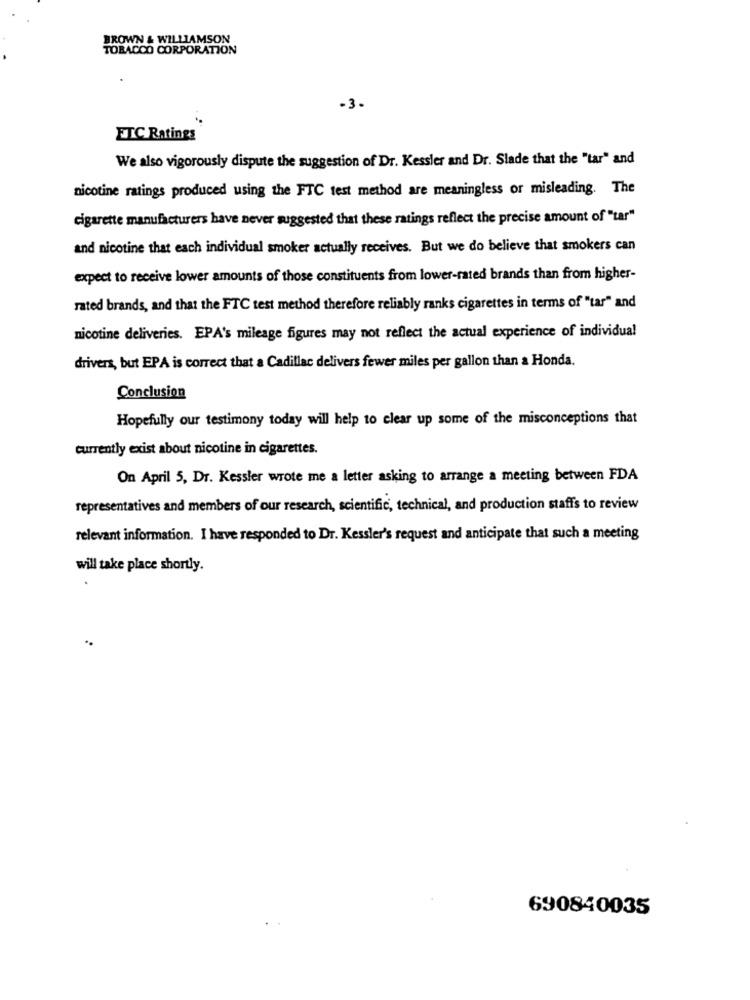
BROWN & WILLIAMSON
TOBACCO CORPORATION
-3.
ETC Ratings
We also vigorously dispute the suggestion of Dr. Kessler and Dr. Slade that the "tar" and
nicotine ratings produced using the FTC test method are meaningless or misleading. The
cigarette manufacturers have never suggested that these ratings reflect the precise amount of "tar"
and nicotine that each individual smoker actually receives. But we do believe that smokers can
expect to receive lower amounts of those constituents from lower-rated brands than from higher-
rated brands, and that the FTC test method therefore reliably ranks cigarettes in terms of "tar" and
nicotine deliveries. EPA's mileage figures may not reflect the actual experience of individual
drivers, but EPA is correct that a Cadillac delivers fewer miles per gallon than a Honda.
Conclusion
Hopefully our testimony today will help to clear up some of the misconceptions that
currently exist about nicotine in cigarettes.
On April 5, Dr. Kessler wrote me a letter asking to arrange a meeting between FDA
representatives and members of our research, scientific, technical, and production staffs to review
relevant information. I have responded to Dr. Kessler's request and anticipate that such a meeting
will take place shortly.
690840035